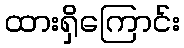
ထားရှိကြောင်း